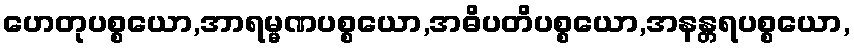
ဟေတုပစ္စယော,အာရမ္မဏပစ္စယော,အဓိပတိပစ္စယော,အနန္တရပစ္စယော,